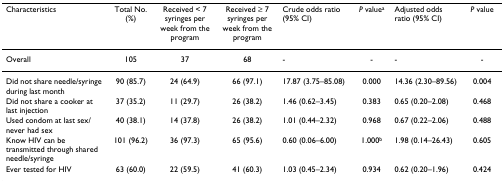
<table><thead><tr><td><b>Characteristics</b></td><td><b>Total No. (%)</b></td><td><b>Received &lt; 7 syringes per week from the program</b></td><td><b>Received ≥ 7 syringes per week from the program</b></td><td><b>Crude odds ratio (95% CI)</b></td><td><b><i>P </i>value<sup>a</sup></b></td><td><b>Adjusted odds ratio (95% CI)</b></td><td><b><i>P </i>value</b></td></tr></thead><tbody><tr><td>Overall</td><td>105</td><td>37</td><td>68</td><td>-</td><td>-</td><td>-</td><td>-</td></tr><tr><td>Did not share needle/syringe during last month</td><td>90 (85.7)</td><td>24 (64.9)</td><td>66 (97.1)</td><td>17.87 (3.75–85.08)</td><td>0.000</td><td>14.36 (2.30–89.56)</td><td>0.004</td></tr><tr><td>Did not share a cooker at last injection</td><td>37 (35.2)</td><td>11 (29.7)</td><td>26 (38.2)</td><td>1.46 (0.62–3.45)</td><td>0.383</td><td>0.65 (0.20–2.08)</td><td>0.468</td></tr><tr><td>Used condom at last sex/never had sex</td><td>40 (38.1)</td><td>14 (37.8)</td><td>26 (38.2)</td><td>1.01 (0.44–2.32)</td><td>0.968</td><td>0.67 (0.22–2.06)</td><td>0.488</td></tr><tr><td>Know HIV can be transmitted through shared needle/syringe</td><td>101 (96.2)</td><td>36 (97.3)</td><td>65 (95.6)</td><td>0.60 (0.06–6.00)</td><td>1.000<sup>b</sup></td><td>1.98 (0.14–26.43)</td><td>0.605</td></tr><tr><td>Ever tested for HIV</td><td>63 (60.0)</td><td>22 (59.5)</td><td>41 (60.3)</td><td>1.03 (0.45–2.34)</td><td>0.934</td><td>0.62 (0.20–1.96)</td><td>0.424</td></tr></tbody></table>